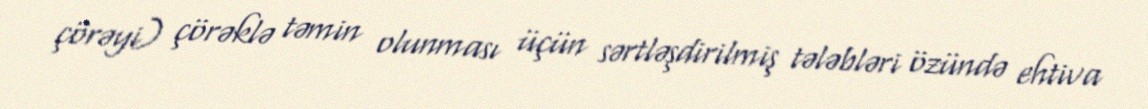
çörəyi) çörəklə təmin olunması üçün sərtləşdirilmiş tələbləri özündə ehtiva